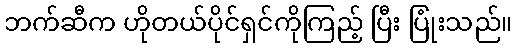
ဘက်ဆီက ဟိုတယ်ပိုင်ရှင်ကိုကြည့် ပြီး ပြုံးသည်။